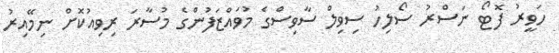
ހަވީރު ފޮޓޯ ނަސްރު ސޯލިހު ސިވިލް ސާވިސްގެ މުވައްޒަފުންގެ މުސާރަ ރިވިއުކޮށް ނިމޭއިރު